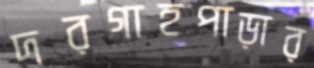
দরগাহপাড়ার